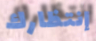
إنتظارك